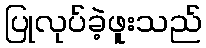
ပြုလုပ်ခဲ့ဖူးသည်